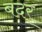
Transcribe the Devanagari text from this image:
बदर्